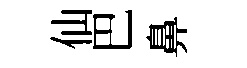
仙巴鼻